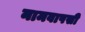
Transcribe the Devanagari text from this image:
नामवापसी